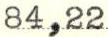
84,22